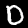
Label: 0